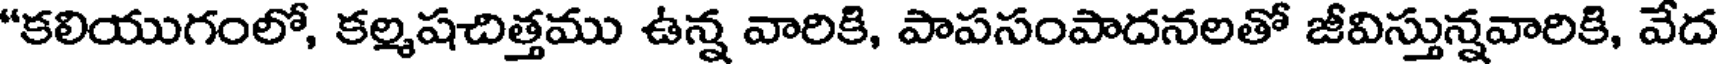
"కలియుగంలో, కల్మషచిత్తము ఉన్న వారికి, పాపసంపాదనలతో జీవిస్తున్నవారికి, వేద